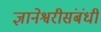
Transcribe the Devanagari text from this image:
ज्ञानेश्वरीसंबंधी